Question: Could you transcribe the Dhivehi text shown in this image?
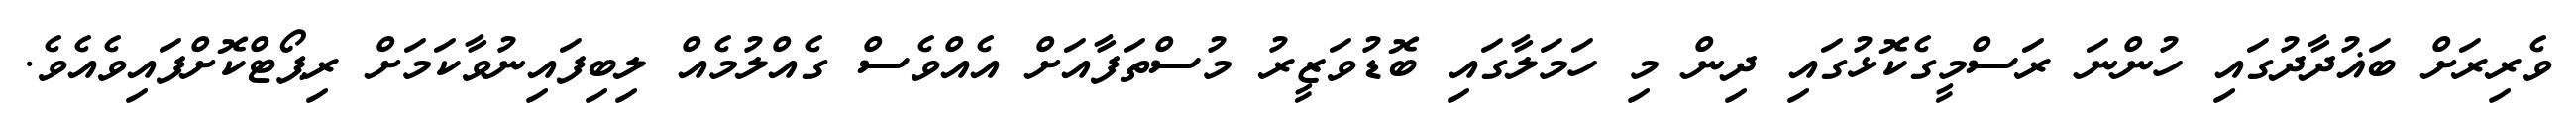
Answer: ވެރިރަށް ބަޣުދާދުގައި ހުންނަ ރަސްމީގެކޮޅުގައި ދިން މި ހަމަލާގައި ބޮޑުވަޒީރު މުސްތަފާއަށް އެއްވެސް ގެއްލުމެއް ލިބިފައިނުވާކަމަށް ރިޕޯޓްކޮށްފައިވެއެވެ.